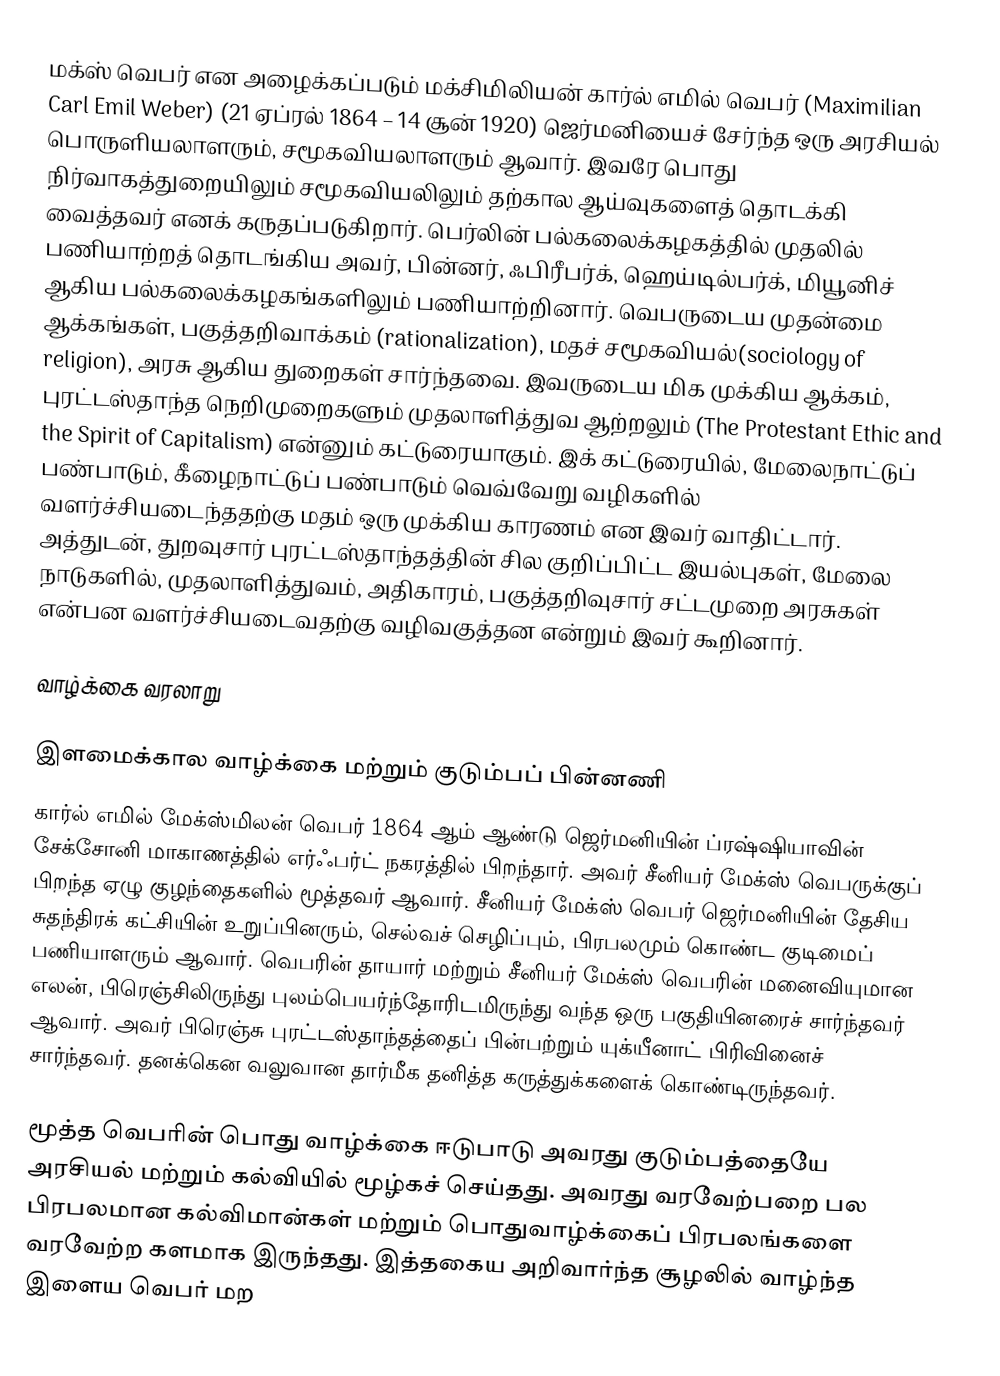
மக்ஸ் வெபர் என அழைக்கப்படும் மக்சிமிலியன் கார்ல் எமில் வெபர் (Maximilian Carl Emil Weber) (21 ஏப்ரல் 1864 – 14 சூன் 1920) ஜெர்மனியைச் சேர்ந்த ஒரு அரசியல் பொருளியலாளரும், சமூகவியலாளரும் ஆவார். இவரே பொது நிர்வாகத்துறையிலும் சமூகவியலிலும் தற்கால ஆய்வுகளைத் தொடக்கி வைத்தவர் எனக் கருதப்படுகிறார். பெர்லின் பல்கலைக்கழகத்தில் முதலில் பணியாற்றத் தொடங்கிய அவர், பின்னர், ஃபிரீபர்க், ஹெய்டில்பர்க், மியூனிச் ஆகிய பல்கலைக்கழகங்களிலும் பணியாற்றினார். வெபருடைய முதன்மை ஆக்கங்கள், பகுத்தறிவாக்கம் (rationalization), மதச் சமூகவியல்(sociology of religion), அரசு ஆகிய துறைகள் சார்ந்தவை. இவருடைய மிக முக்கிய ஆக்கம், புரட்டஸ்தாந்த நெறிமுறைகளும் முதலாளித்துவ ஆற்றலும் (The Protestant Ethic and the Spirit of Capitalism) என்னும் கட்டுரையாகும். இக் கட்டுரையில், மேலைநாட்டுப் பண்பாடும், கீழைநாட்டுப் பண்பாடும் வெவ்வேறு வழிகளில் வளர்ச்சியடைந்ததற்கு மதம் ஒரு முக்கிய காரணம் என இவர் வாதிட்டார். அத்துடன், துறவுசார் புரட்டஸ்தாந்தத்தின் சில குறிப்பிட்ட இயல்புகள், மேலை நாடுகளில், முதலாளித்துவம், அதிகாரம், பகுத்தறிவுசார் சட்டமுறை அரசுகள் என்பன வளர்ச்சியடைவதற்கு வழிவகுத்தன என்றும் இவர் கூறினார்.

வாழ்க்கை வரலாறு

இளமைக்கால வாழ்க்கை மற்றும் குடும்பப் பின்னணி
கார்ல் எமில் மேக்ஸ்மிலன் வெபர் 1864 ஆம் ஆண்டு ஜெர்மனியின் ப்ரஷ்ஷியாவின் சேக்சோனி மாகாணத்தில் எர்ஃபர்ட் நகரத்தில் பிறந்தார். அவர் சீனியர் மேக்ஸ் வெபருக்குப் பிறந்த ஏழு குழந்தைகளில் மூத்தவர் ஆவார். சீனியர் மேக்ஸ் வெபர் ஜெர்மனியின் தேசிய சுதந்திரக் கட்சியின் உறுப்பினரும், செல்வச் செழிப்பும், பிரபலமும் கொண்ட குடிமைப் பணியாளரும் ஆவார். வெபரின் தாயார் மற்றும் சீனியர் மேக்ஸ் வெபரின் மனைவியுமான எலன், பிரெஞ்சிலிருந்து புலம்பெயர்ந்தோரிடமிருந்து வந்த ஒரு பகுதியினரைச் சார்ந்தவர் ஆவார். அவர் பிரெஞ்சு புரட்டஸ்தாந்தத்தைப் பின்பற்றும் யுக்யீனாட் பிரிவினைச் சார்ந்தவர். தனக்கென வலுவான தார்மீக தனித்த கருத்துக்களைக் கொண்டிருந்தவர்.

மூத்த வெபரின் பொது வாழ்க்கை ஈடுபாடு அவரது குடும்பத்தையே அரசியல் மற்றும் கல்வியில் மூழ்கச் செய்தது. அவரது வரவேற்பறை பல பிரபலமான கல்விமான்கள் மற்றும் பொதுவாழ்க்கைப் பிரபலங்களை வரவேற்ற களமாக இருந்தது. இத்தகைய அறிவார்ந்த சூழலில் வாழ்ந்த இளைய வெபர் மற